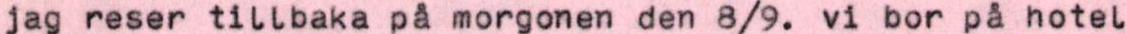
jag reser tillbaka på morgonen den 8/9. vi bor på hotel